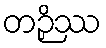
တဉှိဿ